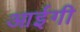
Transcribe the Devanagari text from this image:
आईगी